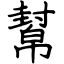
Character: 幫